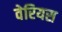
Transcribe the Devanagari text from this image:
वेरियस